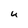
Character: U